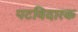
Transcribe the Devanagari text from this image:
पटविदारक